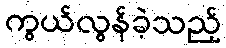
ကွယ်လွန်ခဲ့သည့်